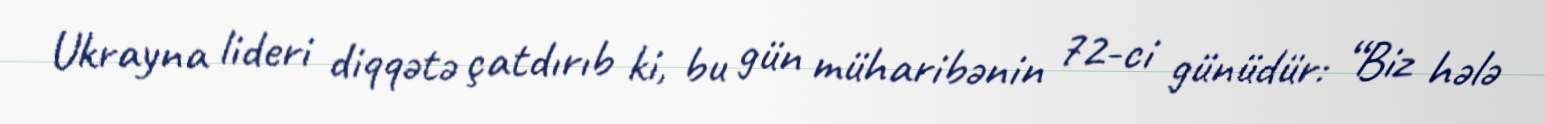
Ukrayna lideri diqqətə çatdırıb ki, bu gün müharibənin 72-ci günüdür: “Biz hələ